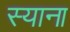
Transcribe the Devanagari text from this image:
स्याना